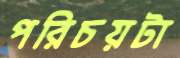
পরিচয়টা